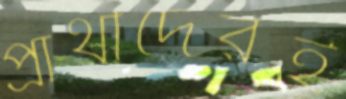
প্রার্থীদেরই